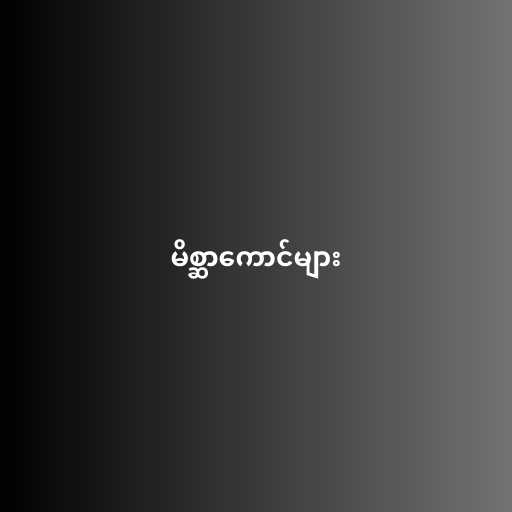
မိစ္ဆာကောင်များ